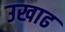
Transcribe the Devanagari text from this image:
उखाढ